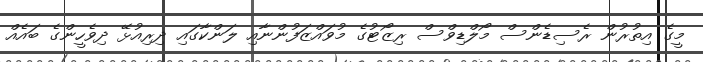
މީގެ އިތުރުން ރެސިޑެންސް މޯލްޑިވްސް ރިޒޯޓުގެ މުވައްޒަފުންނާއި ލަންކާގައި ދިރިއުޅޭ ދިވެހީންގެ ބައެއް